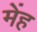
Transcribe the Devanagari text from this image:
मेंह